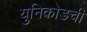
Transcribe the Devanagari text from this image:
युनिकोडची